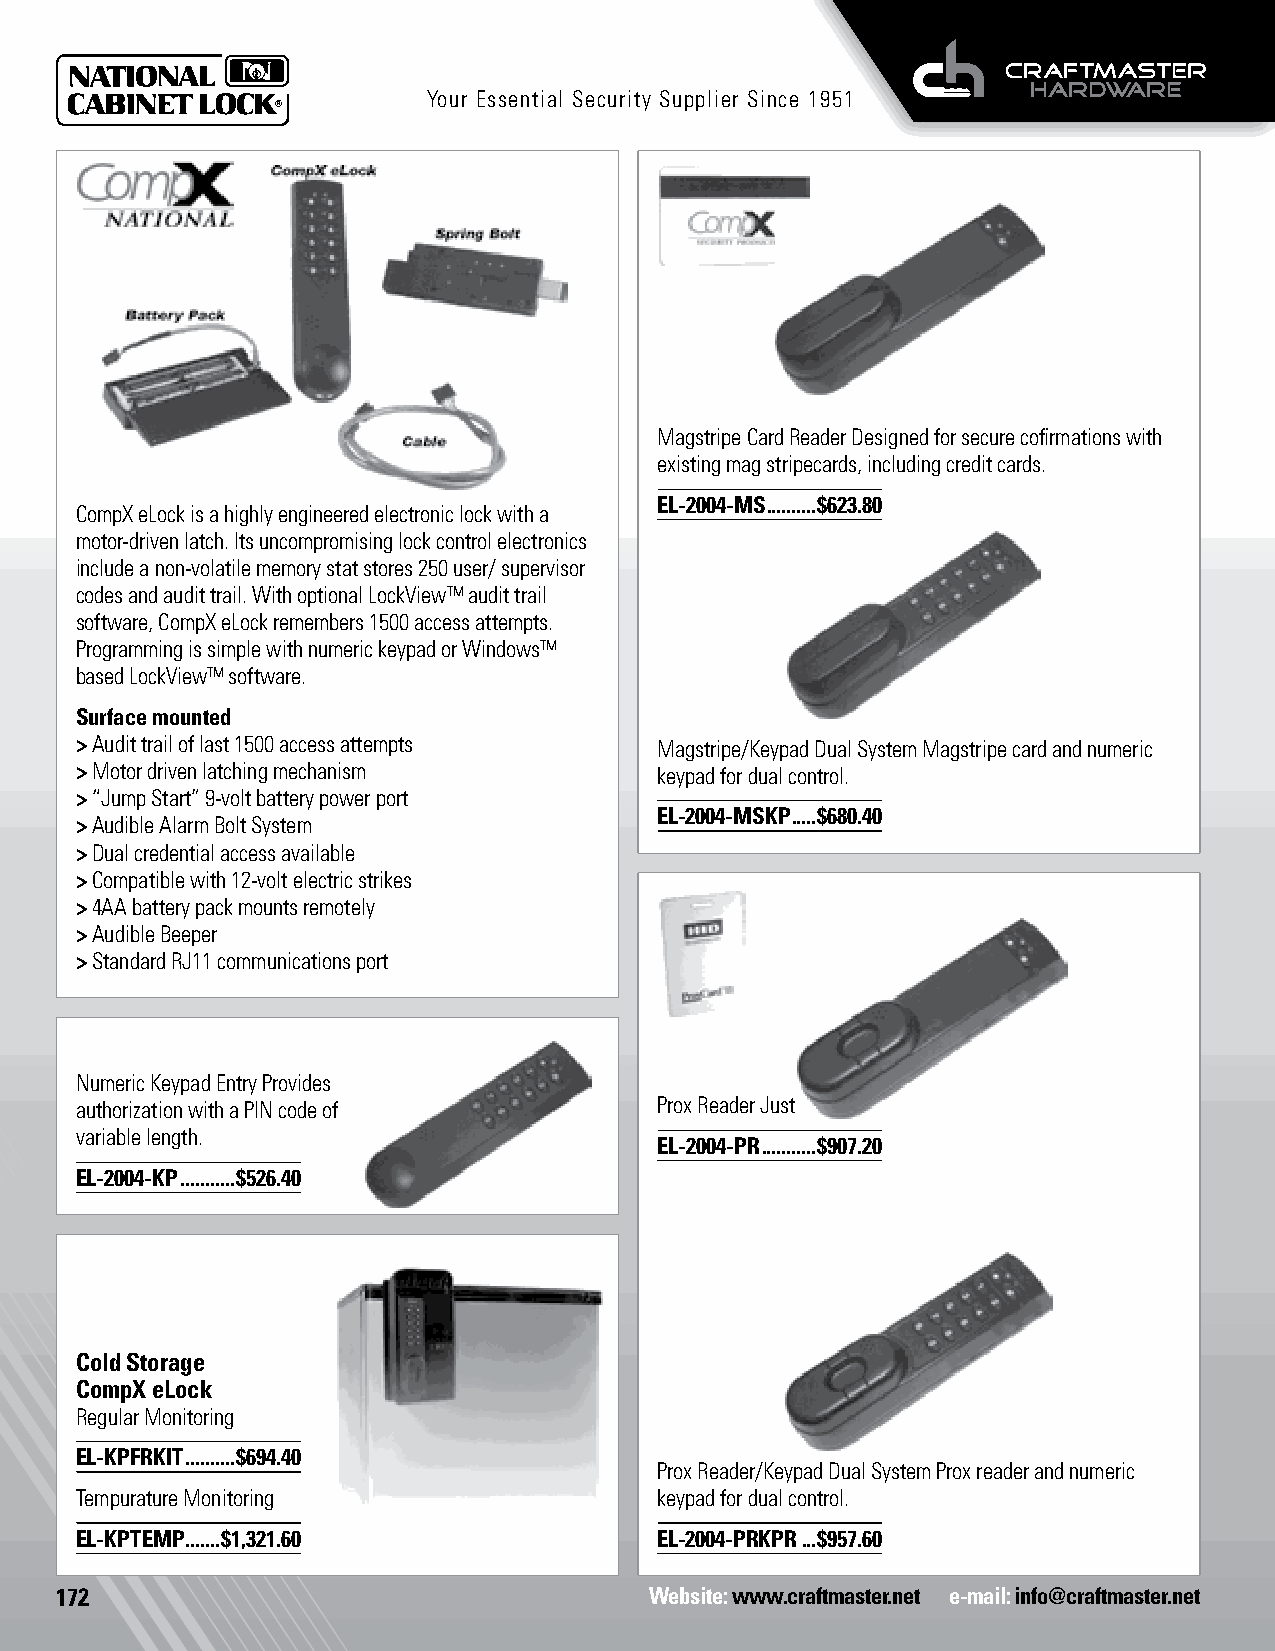
Your Essential Security Supplier Since 1951
 Digital Keypads
 Magstripe Card Reader Designed for secure cofirmations with
 existing mag stripecards, including credit cards.
 EL-2004-MS ..........$623.80
 CompX eLock is a highly engineered electronic lock with a
 motor-driven latch. Its uncompromising lock control electronics
 include a non-volatile memory stat stores 250 user/ supervisor
 codes and audit trail. With optional LockView™ audit trail Card Access
 software, CompX eLock remembers 1500 access attempts.
 Programming is simple with numeric keypad or Windows™
 based LockView™ software.
 Surface mounted
 > Audit trail of last 1500 access attempts Magstripe/Keypad Dual System Magstripe card and numeric
 > Motor driven latching mechanism      keypad for dual control.
 > “Jump Start” 9-volt battery power port
 EL-2004-MSKP .....$680.40
 > Audible Alarm Bolt System
 > Dual credential access available
 > Compatible with 12-volt electric strikes
 > 4AA battery pack mounts remotely
 > Audible Beeper
 > Standard RJ11 communications port Digital Keypads
 Digital Keypads
 Numeric Keypad Entry Provides
 authorization with a PIN code of       Prox Reader Just wave the card and enter.
 Digital Keypads
 variable length.
 EL-2004-PR ...........$907.20
 EL-2004-KP ...........$526.40
 Digital Keypads
 Card Access
 Cold Storage
 CompX eLock
 Regular Monitoring
 EL-KPFRKIT ..........$694.40
 Prox Reader/Keypad Dual System Prox reader and numeric
 Tempurature Monitoring                 keypad for dual control.
 EL-KPTEMP .......$1,321.60             EL-2004-PRKPR ...$957.60
 172                                    Website: www.craftmaster.net e-mail: info@craftmaster.net